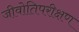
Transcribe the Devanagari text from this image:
जीवोतिपरीक्षण